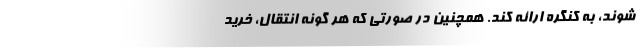
شوند، به کنگره ارائه کند. همچنین در صورتی که هر گونه انتقال، خرید